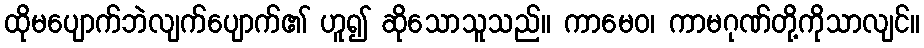
ထိုမပျောက်ဘဲလျက်ပျောက်၏ ဟူ၍ ဆိုသောသူသည်။ ကာမေဝ၊ ကာမဂုဏ်တို့ကိုသာလျင်။